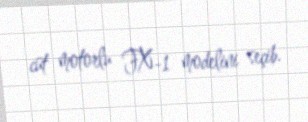
cüt motorlu FX-1 modelini seçib.